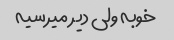
خوبه ولی دیر میرسیه